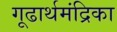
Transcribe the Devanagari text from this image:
गूढार्थमंद्रिका